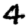
Digit: 4